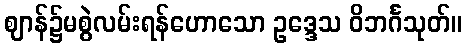
ဈာန်၌မစွဲလမ်းရန်ဟောသော ဥဒ္ဒေသ ဝိဘင်္ဂသုတ်။